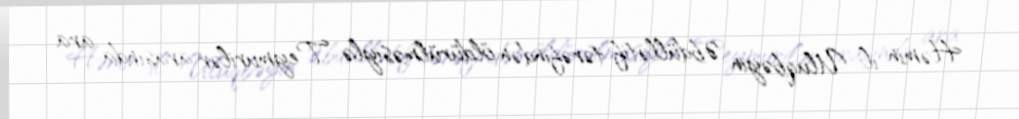
Həmin il Uluqbəyin Əbdüllətif tərəfindən öldürülməsiylə Teymurilər arasında ara